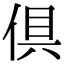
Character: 倶